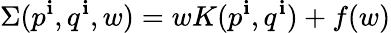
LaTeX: \Sigma(p^{\mathbf{i}},q^{\mathbf{i}},w)=wK(p^{\mathbf{i}},q^{\mathbf{i}})+f(w)